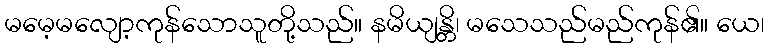
မမေ့မလျော့ကုန်သောသူတို့သည်။ နမိယျန္တိ၊ မသေသည်မည်ကုန်၏။ ယေ၊